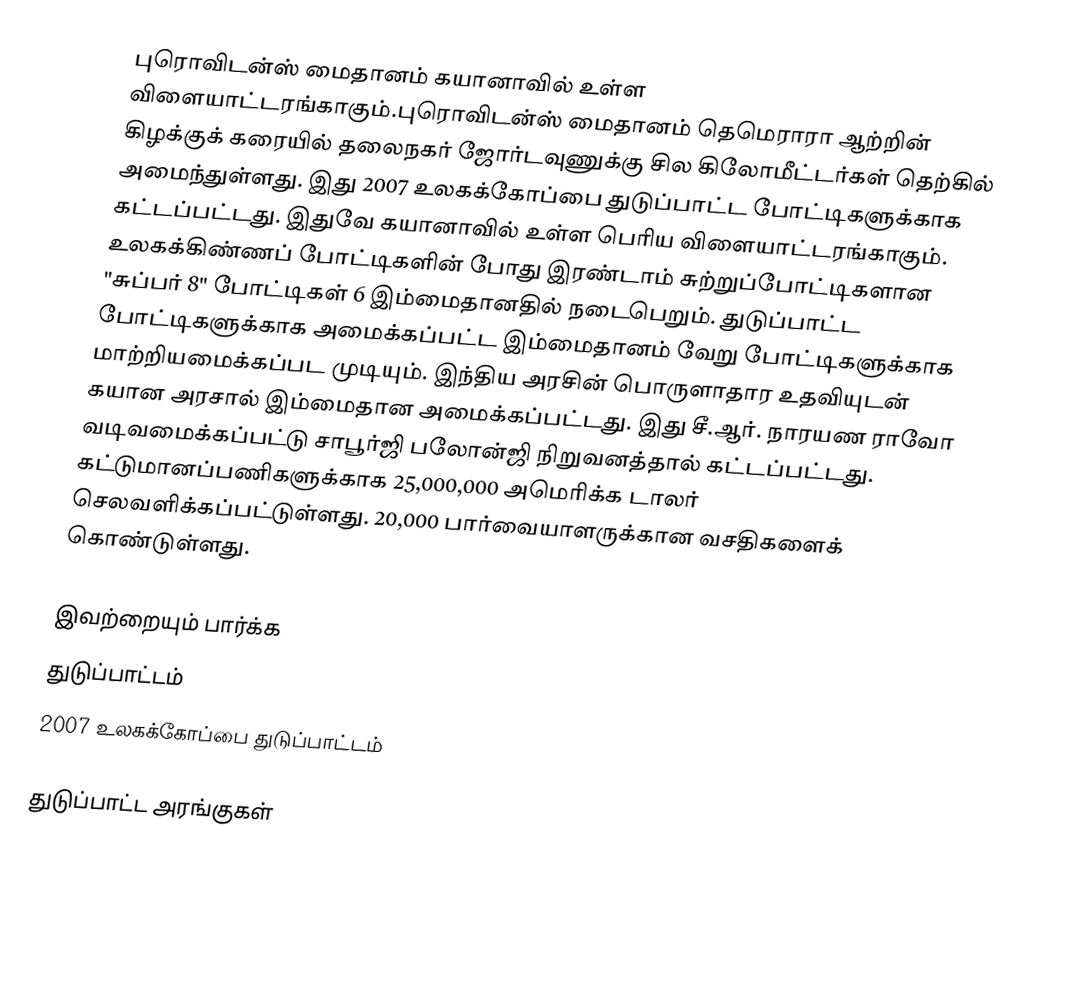
புரொவிடன்ஸ் மைதானம்  கயானாவில் உள்ள விளையாட்டரங்காகும்.புரொவிடன்ஸ் மைதானம் தெமெராரா ஆற்றின் கிழக்குக் கரையில்  தலைநகர் ஜோர்டவுணுக்கு சில கிலோமீட்டர்கள் தெற்கில் அமைந்துள்ளது. இது 2007 உலகக்கோப்பை துடுப்பாட்ட போட்டிகளுக்காக கட்டப்பட்டது. இதுவே கயானாவில் உள்ள பெரிய விளையாட்டரங்காகும்.  உலகக்கிண்ணப் போட்டிகளின் போது இரண்டாம் சுற்றுப்போட்டிகளான "சுப்பர் 8" போட்டிகள் 6 இம்மைதானதில் நடைபெறும். துடுப்பாட்ட போட்டிகளுக்காக  அமைக்கப்பட்ட இம்மைதானம் வேறு போட்டிகளுக்காக மாற்றியமைக்கப்பட முடியும். இந்திய அரசின் பொருளாதார உதவியுடன் கயான அரசால் இம்மைதான அமைக்கப்பட்டது. இது சீ.ஆர். நாரயண ராவோ வடிவமைக்கப்பட்டு சாபூர்ஜி பலோன்ஜி நிறுவனத்தால் கட்டப்பட்டது. கட்டுமானப்பணிகளுக்காக 25,000,000 அமெரிக்க டாலர் செலவளிக்கப்பட்டுள்ளது. 20,000 பார்வையாளருக்கான வசதிகளைக் கொண்டுள்ளது.

இவற்றையும் பார்க்க
துடுப்பாட்டம்
2007 உலகக்கோப்பை துடுப்பாட்டம்

துடுப்பாட்ட அரங்குகள்